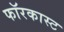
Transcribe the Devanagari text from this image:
फॉरकास्ट